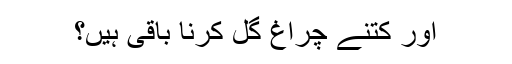
اور کتنے چراغ گل کرنا باقی ہیں؟